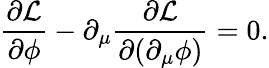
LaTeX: \frac{\partial\mathcal{L}}{\partial\phi}-\partial_{\mu}\frac{\partial\mathcal{L}}{\partial(\partial_{\mu}\phi)}=0.